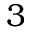
3